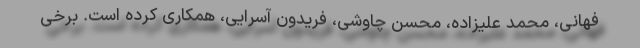
فهانی، محمد علیزاده، محسن چاوشی، فریدون آسرایی، همکاری کرده است. برخی